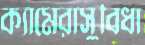
ক্যামেরাসুবিধা